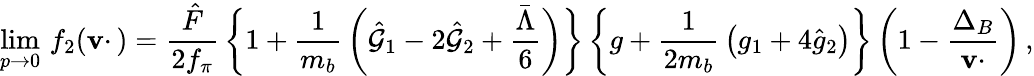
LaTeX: \operatorname*{lim}_{p\to0}\, f_{2}(\mathbf{v}\cdotp)={\frac{{\hat{{F}}}}{{2f_{\pi}}}}\, \bigg\{ 1+{\frac{{1}}{{m_{b}}}}\, \bigg(\hat{{\cal{G}}}_{1}-2\hat{{\cal{G}}}_{2}+{\frac{{\bar{{\Lambda}}}}{{6}}}\bigg)\bigg\} \, \bigg\{ g+{\frac{{1}}{{2m_{b}}}}\, \big(g_{1}+4\hat{{g}}_{2}\big)\bigg\} \, \bigg(1-{\frac{{\Delta_{B}}}{{\mathbf{v}\cdotp}}}\bigg)\, ,